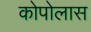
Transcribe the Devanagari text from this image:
कोपोलास